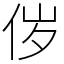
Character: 㑕